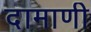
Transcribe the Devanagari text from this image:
दामाणी